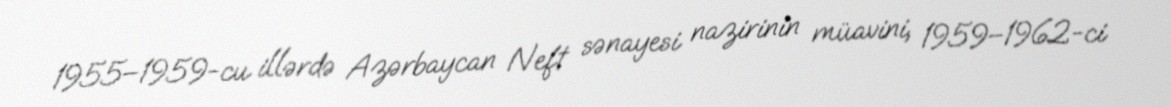
1955–1959-cu illərdə Azərbaycan Neft sənayesi nazirinin müavini, 1959–1962-ci